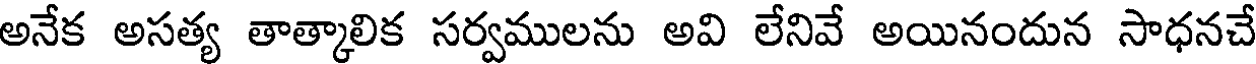
అనేక అసత్య తాత్కాలిక సర్వములను అవి లేనివే అయినందున సాధనచే